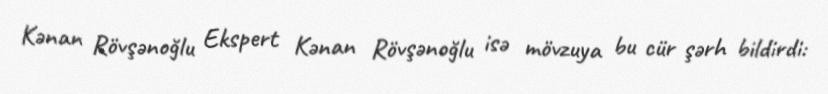
Kənan Rövşənoğlu Ekspert Kənan Rövşənoğlu isə mövzuya bu cür şərh bildirdi: